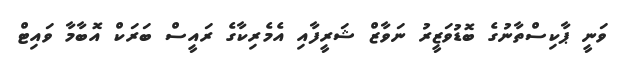
ވަނީ ޕާކިސްތާނުގެ ބޮޑުވަޒީރު ނަވާޒް ޝަރީފާއި އެމެރިކާގެ ރައީސް ބަރަކް އޮބާމާ ވައިޓް